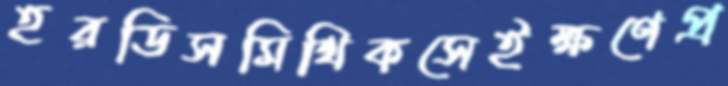
হরডিসমিথিকসেইক্ষণেপ্র